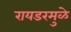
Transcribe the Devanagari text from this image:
रायडरमुळे